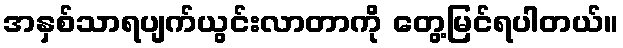
အနှစ်သာရပျက်ယွင်းလာတာကို တွေ့မြင်ရပါတယ်။